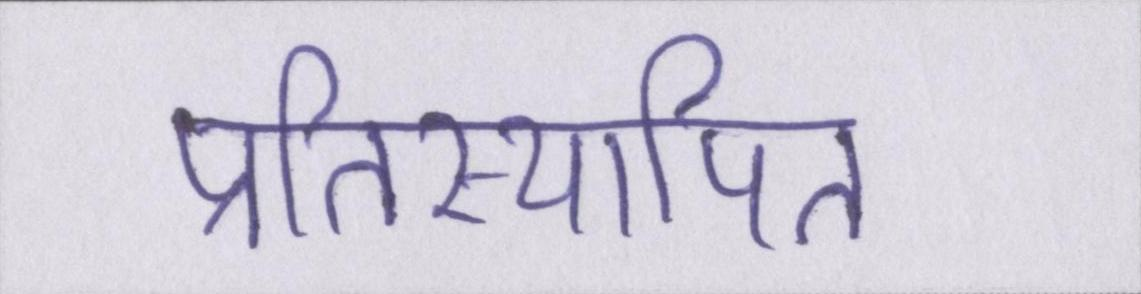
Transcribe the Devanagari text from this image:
प्रतिस्थापित